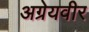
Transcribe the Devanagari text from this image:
अग्रेयवीर